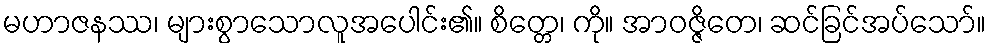
မဟာဇနဿ၊ များစွာသောလူအပေါင်း၏။ စိတ္တေ၊ ကို။ အာဝဇ္ဇိတေ၊ ဆင်ခြင်အပ်သော်။